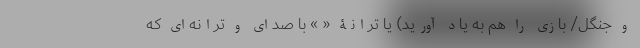
و جنگل/ بازی را هم به یاد آورید) یا ترانۀ « » با صدای و ترانه‌ای که